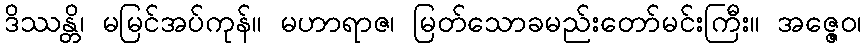
ဒိဿန္တိ၊ မမြင်အပ်ကုန်။ မဟာရာဇ၊ မြတ်သောခမည်းတော်မင်းကြီး။ အဇ္ဇေဝ၊